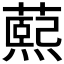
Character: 𬞭